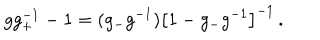
LaTeX: g g _ { + } ^ { - 1 } - 1 = ( g _ { - } g ^ { - 1 } ) \bigl [ 1 - g _ { - } g ^ { - 1 } \bigr ] ^ { - 1 } \, .